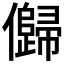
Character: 𠐽